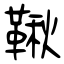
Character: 鞦